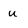
Character: u